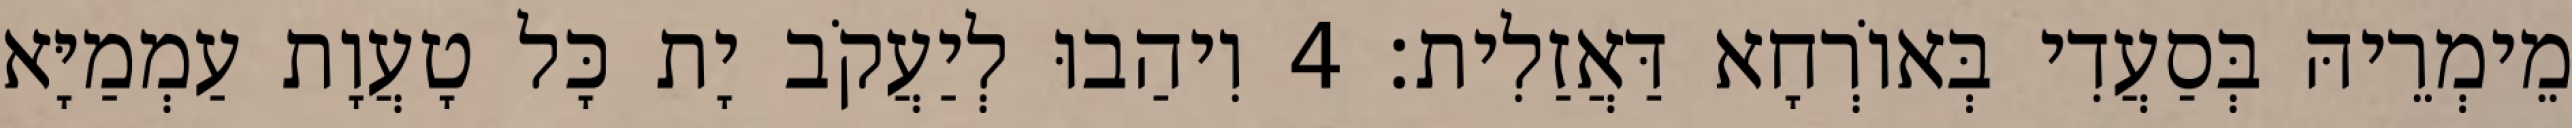
מֵימְרֵיהּ בְּסַעֲדִי בְּאוֹרְחָא דַּאֲזַלִית׃ 4 וִיהַבוּ לְיַעֲקֹב יָת כָּל טָעֲוָת עַמְמַיָּא